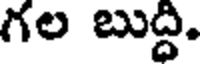
గల బుద్ధి.